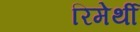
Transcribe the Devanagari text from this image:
रिमेर्थी